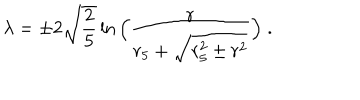
\lambda = \pm 2 \sqrt { \frac { 2 } { 5 } } \ln \Big ( \frac { r } { r _ { 5 } + \sqrt { r _ { 5 } ^ { 2 } \pm r ^ { 2 } } } \Big ) \; .